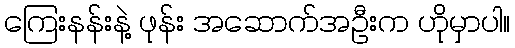
ကြေးနန်းနဲ့ ဖုန်း အဆောက်အဦးက ဟိုမှာပါ။